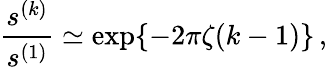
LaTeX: \frac{s^{(k)}}{s^{(1)}}\simeq\exp\{ -2\pi\zeta(k-1)\} \, ,